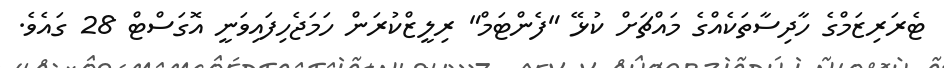
ޓެރަރިޒަމްގެ ހާދިސާތަކެއްގެ މައްޗަށް ކުޅޭ "ފެންޓަމް" ރިލީޒްކުރަން ހަމަޖެހިފައިވަނީ އޮގަސްޓް 28 ގައެވެ.